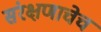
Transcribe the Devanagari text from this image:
संरक्षणाचेच